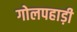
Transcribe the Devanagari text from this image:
गोलपहाड़ी